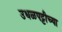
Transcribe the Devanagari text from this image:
उधळपट्टीच्या